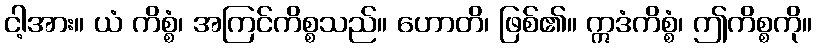
ငါ့အား။ ယံ ကိစ္စံ၊ အကြင်ကိစ္စသည်။ ဟောတိ၊ ဖြစ်၏။ ဣဒံကိစ္စံ၊ ဤကိစ္စကို။